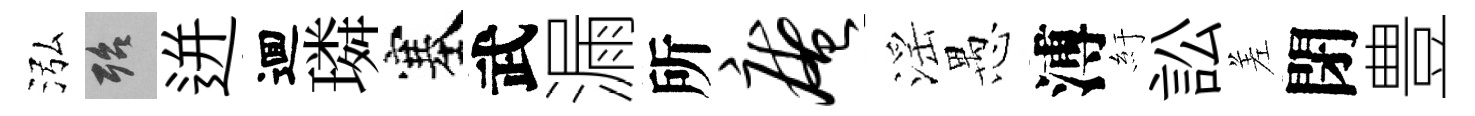
泓殆迸逥璘塞武漏所庵滛愚溥紆訟差閉豊